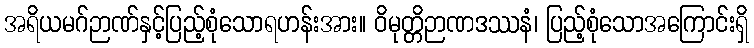
အရိယမဂ်ဉာဏ်နှင့်ပြည့်စုံသောရဟန်းအား။ ဝိမုတ္တိဉာဏဒဿနံ၊ ပြည့်စုံသောအကြောင်းရှိ